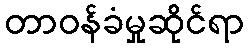
တာဝန်ခံမှုဆိုင်ရာ